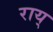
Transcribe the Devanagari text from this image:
राय्